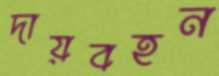
দায়বহন